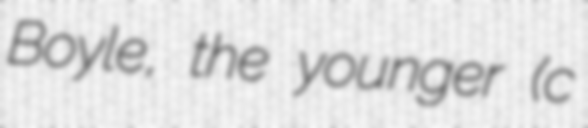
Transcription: Boyle, the younger (c